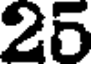
25